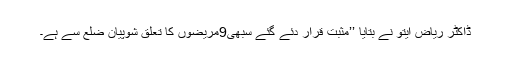
ڈاکٹر ریاض ایتو نے بتایا ’’مثبت قرار دئے گئے سبھی9مریضوں کا تعلق شوپیان ضلع سے ہے۔